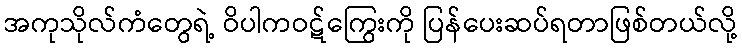
အကုသိုလ်ကံတွေရဲ့ ဝိပါကဝဋ်ကြွေးကို ပြန်ပေးဆပ်ရတာဖြစ်တယ်လို့